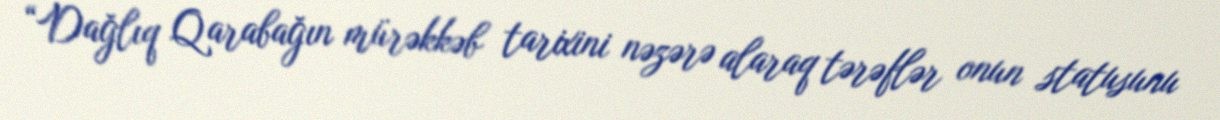
“Dağlıq Qarabağın mürəkkəb tarixini nəzərə alaraq tərəflər onun statusunu